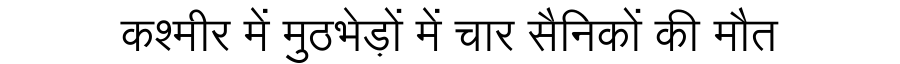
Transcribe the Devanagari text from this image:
कश्मीर में मुठभेड़ों में चार सैनिकों की मौत